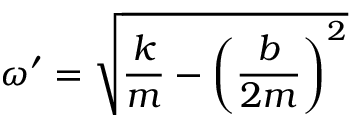
\omega ^ { \prime } = { \sqrt { { \frac { k } { m } } - \left( { \frac { b } { 2 m } } \right) ^ { 2 } } }